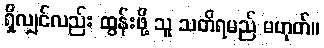
ရှိလျှင်လည်း ထွန်းဖို့ သူ သတိရမည် မဟုတ်။